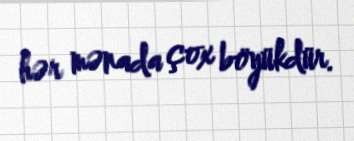
hər mənada çox böyükdür.